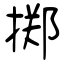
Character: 掷